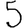
Digit: 5